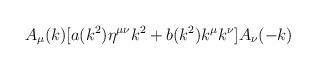
LaTeX: \begin{align*}A_\mu (k) [ a(k^2) \eta^{\mu \nu} k^2 + b(k^2) k^\mu k^\nu ] A_\nu (-k)\end{align*}